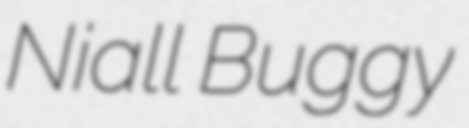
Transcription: Niall Buggy